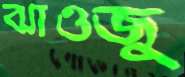
ঝাওজু